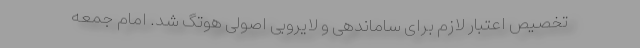
تخصیص اعتبار لازم برای ساماندهی و لایروبی اصولی هوتگ شد. امام جمعه